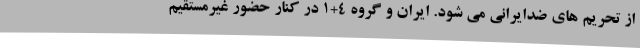
از تحریم های ضدایرانی می شود. ایران و گروه 4+1 در کنار حضور غیرمستقیم